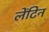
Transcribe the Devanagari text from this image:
लेंटिन